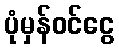
ပုံမှန်ဝင်ငွေ